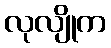
လုလျိုက